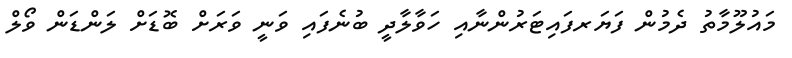
މައުލޫމާތު ދެމުން ފަޔަރފައިޓަރުންނާއި ހަވާލާދީ ބުނެފައި ވަނީ ވަރަށް ބޮޑަށް ލަންޑަން ވޯލް